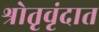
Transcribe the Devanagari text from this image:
श्रोतृवृंदात